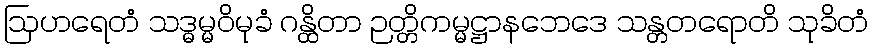
ဩဟရေတံ သဒ္ဓမ္မဝိမုခံ ဂန္ထိတာ ဉတ္တိကမ္မဋ္ဌာနဘေဒေ သန္တတရောတိ သုခိတံ